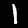
Label: 1